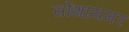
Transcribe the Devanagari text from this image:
सोंथायमर